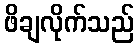
ဖိချလိုက်သည်